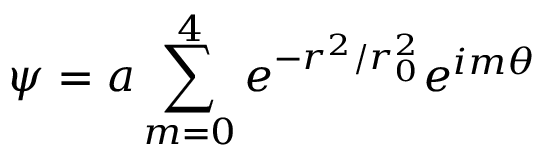
\psi = a \sum _ { m = 0 } ^ { 4 } e ^ { - r ^ { 2 } / r _ { 0 } ^ { 2 } } e ^ { i m \theta }